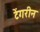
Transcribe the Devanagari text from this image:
टेंगरीन